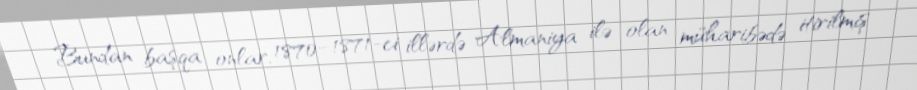
Bundan başqa onlar, 1870–1871-ci illərdə Almaniya ilə olan müharibədə itirilmiş